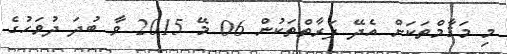
މި މަޤާމްތަކަށް އެދޭ ފަރާތްތަކުން 06 މޭ 2015 ވާ ބުދަ ދުވަހުގެ